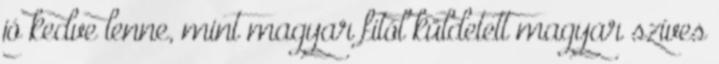
jó kedve lenne, mint magyar fitól küldetett magyar szíves